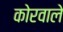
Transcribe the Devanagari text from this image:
कोरवाले